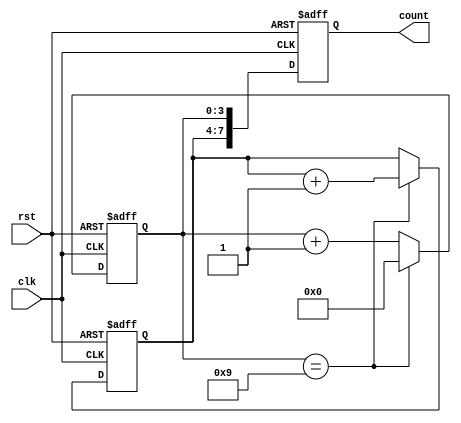
module cascaded_counter(
    input wire clk,
    input wire rst,
    output reg [7:0] count
);

reg [3:0] count1;
reg [3:0] count2;

always @(posedge clk or posedge rst) begin
    if (rst) begin
        count1 <= 4'b0000;
        count2 <= 4'b0000;
        count <= 8'b00000000;
    end else begin
        if (count1 == 4'b1001) begin
            count1 <= 4'b0000;
            count2 <= count2 + 1;
        end else begin
            count1 <= count1 + 1;
        end
        
        count <= {count2, count1};
    end
end

endmodule